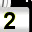
Digit: 2